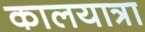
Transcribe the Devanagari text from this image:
कालयात्रा